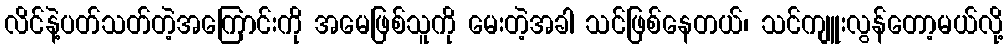
လိင်နဲ့ပတ်သတ်တဲ့အကြောင်းကို အမေဖြစ်သူကို မေးတဲ့အခါ သင်ဖြစ်နေတယ်၊ သင်ကျူးလွန်တော့မယ်လို့